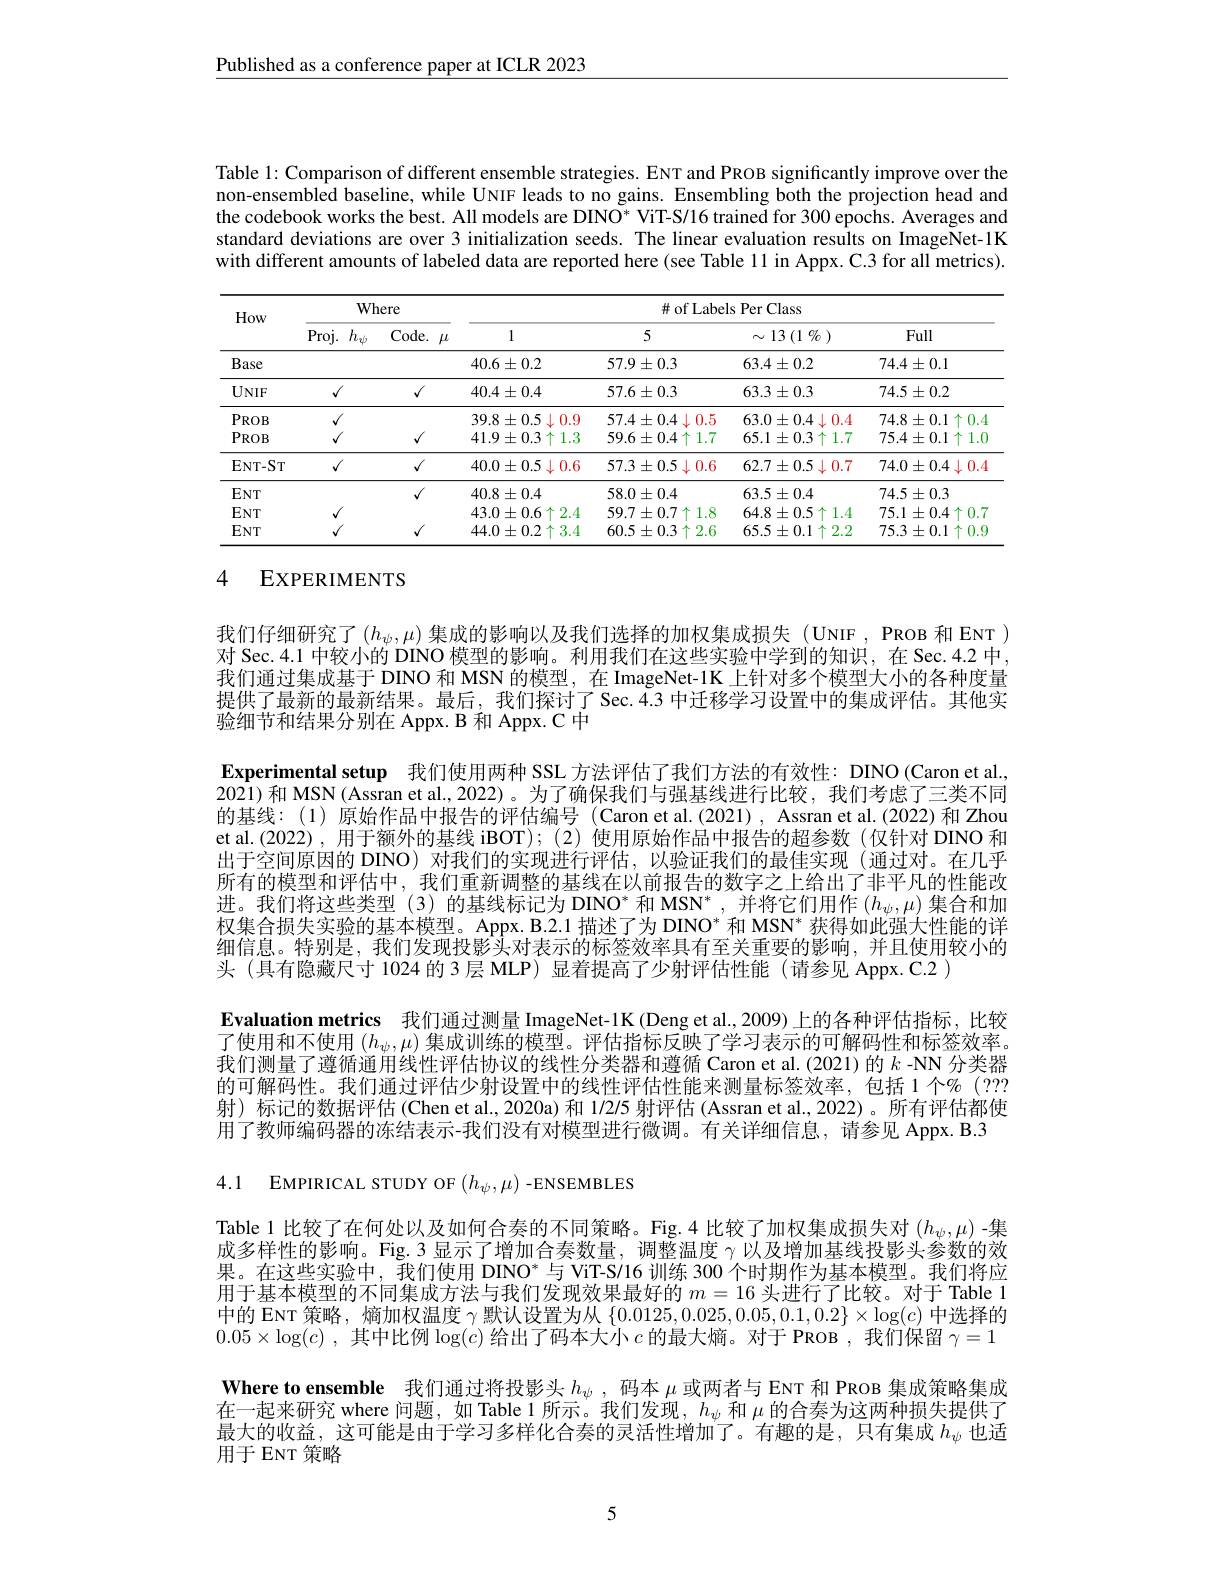
Published as a conference paper at ICLR 2023

Table l: Comparison of different ensemble strategies. ENT and PROB significantly improve over the non-ensembled baseline, while UNIF leads to no gains. Ensembling both the projection head and the codebook works the best. All models are DINO* ViT-S/16 trained for 300 epochs. Averages and standard deviations are over 3 initialization seeds. The linear evaluation results on ImageNet-1K with different amounts of labeled data are reported here (see Table 11 in Appx. C.3 for all metrics).

<table>
	<tbody>
		<tr>
			<th rowspan="2">How</th>
			<th colspan="2">Where</th>
			<th colspan="4">$\#$ of Labels Per Class</th>
		</tr>
		<tr>
			<th>Proj. $h$</th>
			<th>Code. $\mu$</th>
			<th>1</th>
			<th>5</th>
			<th>$\sim 13$ (1 $\%$ )</th>
			<th>Full</th>
		</tr>
		<tr>
			<td>Base</td>
			<td> </td>
			<td> </td>
			<td>$40.6\pm0.2$</td>
			<td>$57.9\pm0.3$</td>
			<td>$$63.4\pm0.2$$</td>
			<td>$74.4\pm0.1$</td>
		</tr>
		<tr>
			<td>$UNIF$</td>
			<td>$√$</td>
			<td>$√$</td>
			<td>$40.4\pm0.4$</td>
			<td>$57.6\pm0.3$</td>
			<td>$$63.3\pm0.3$$</td>
			<td>$74.5\pm0.2$</td>
		</tr>
		<tr>
			<td>$PROB$</td>
			<td>$√$</td>
			<td> </td>
			<td>$39.8\pm0.5$ $5\downarrow0.9$</td>
			<td>$57.4\pm0.4\downarrow0.5$</td>
			<td>$63.0\pm0.4\downarrow0.4$</td>
			<td>$74.8\pm0.1\uparrow0.4$</td>
		</tr>
		<tr>
			<td>$PROB$</td>
			<td>$√$</td>
			<td>$√$</td>
			<td>$41.9\pm0.3\uparrow1.3$</td>
			<td>$59.6\pm0.4\uparrow1.7$</td>
			<td>$65.1\pm0.3\uparrow1.7$</td>
			<td>$75.4\pm0.1\uparrow1.0$</td>
		</tr>
		<tr>
			<td>$\mathbf{ENT-ST}$</td>
			<td>$√$</td>
			<td>$√$</td>
			<td>$40.0\pm0.5\downarrow0.6$</td>
			<td>$57.3\pm0.5\downarrow0.6$</td>
			<td>$62.7\pm0.5\downarrow0.7$</td>
			<td>$74.0\pm0.4\downarrow0.4$</td>
		</tr>
		<tr>
			<td>ENT</td>
			<td> </td>
			<td>$√$</td>
			<td>$40.8\pm0.4$</td>
			<td>$58.0\pm0.4$</td>
			<td>$63.5\pm0.4$</td>
			<td>$74.5\pm0.3$</td>
		</tr>
		<tr>
			<td>ENT</td>
			<td>$√$</td>
			<td> </td>
			<td>$43.0\pm0.6\uparrow2.4$</td>
			<td>$59.7\pm0.7\uparrow1.8$</td>
			<td>$64.8\pm0.5\uparrow1.4$</td>
			<td>$75.1\pm0.4\uparrow0.7$</td>
		</tr>
		<tr>
			<td>ENT</td>
			<td>$√$</td>
			<td>$v$</td>
			<td>$44.0\pm0.2\uparrow3.4$</td>
			<td>$60.5\pm0.3\uparrow2.6$</td>
			<td>$65.5\pm0.1\uparrow2.2$</td>
			<td>$75.3\pm0.1\uparrow0.9$</td>
		</tr>
	</tbody>
</table>

## 4 EXPERIMENTS

我们仔细研究了$(h_\psi,\mu)$集成的影响以及我们选择的加权集成损失 (UNIF, PROB 和 ENT ) 对 Sec. 4.1 中较小的 DINO 模型的影响。利用我们在这些实验中学到的知识，在 Sec.4.2 中， 我们通过集成基于 DINO 和 MSN 的模型，在 ImageNet-1K 上针对多个模型大小的各种度量提供了最新的最新结果。最后，我们探讨了Sec.4.3 中迁移学习设置中的集成评估。其他实验细节和结果分别在 Appx. B 和 Appx. C 中
Experimental setup 我们使用两种 SSL 方法评估了我们方法的有效性：DINO (Caron et al., 2021)和 MSN(Assran et al.,2022)。为了确保我们与强基线进行比较，我们考虑了三类不同的基线：(1)原始作品中报告的评估编号 (Caron et al.(2021), Assran et al.(2022)和 Zhou et al.(2022),用于额外的基线 iBOT);(2)使用原始作品中报告的超参数(仅针对 DINO 和出于空间原因的 DINO)对我们的实现进行评估，以验证我们的最佳实现(通过对。在几乎所有的模型和评估中，我们重新调整的基线在以前报告的数字之上给出了非平凡的性能改进。我们将这些类型(3)的基线标记为 DINO* 和 MSN",并将它们用作$(h_\psi,\mu)$集合和加权集合损失实验的基本模型。Appx. B.2.1 描述了为 DINO$^*$和 MSN$^*$获得如此强大性能的详细信息。特别是，我们发现投影头对表示的标签效率具有至关重要的影响，并且使用较小的头 (具有隐藏尺寸 1024 的 3 层 MLP) 显着提高了少射评估性能 (请参见 Appx. C.2 )
Evaluation metrics 我们通过测量 ImageNet-1K (Deng et al.,2009)上的各种评估指标，比较了使用和不使用$(h_\psi,\mu)$集成训练的模型。评估指标反映了学习表示的可解码性和标签效率。我们测量了薄循通用线性评估协议的线性分类器和薄循 Caron et al.(2021)的$k$ -NN 分类器的可解码性。我们通过评估少射设置中的线性评估性能来测量标签效率，包括 1 个$\%$ (??? 射)标记的数据评估 (Chen et al., 2020a) 和 1/2/5 射评估 (Assran et al., 2022)。所有评估都使用了教师编码器的冻结表示-我们没有对模型进行微调。有关详细信息，请参见 Appx. B.3

4.1 EMPIRICAL STUDY OF$(h_\psi,\mu)$-ENSEMBLES

Table 1 比较了在何处以及如何合奏的不同策略。Fig.4 比较了加权集成损失对$(h_\psi,\mu)$ -集成多样性的影响。Fig.3 显示了增加合奏数量，调整温度$\gamma$以及增加基线投影头参数的效果。在这些实验中，我们使用 DINO* 与 ViT-S/16 训练 300 个时期作为基本模型。我们将应用于基本模型的不同集成方法与我们发现效果最好的$m=16$头进行了比较。对于 Table 1中的 ENT 策略，熵加权温度$\gamma$默认设置为从$\{0.0125,0.025,0.05,0.1,0.2\}\times\log(c)$中选择的$0. 05\times \log ( c)$ ,其中比例$\log(c)$给出了码本大小$c$的最大熵。对于 PROB , 我们保留$\gamma=1$ Where to ensemble 我们通过将投影头$h_\psi$ , 码本$\mu$或两者与 ENT 和 PROB 集成策略集成在一起来研究 where 问题，如 Table 1 所示。我们发现$,h_\psi$和$\mu$的合奏为这两种损失提供了最大的收益，这可能是由于学习多样化合奏的灵活性增加了。有趣的是，只有集成$h_\psi$也适用于 ENT 策略

5